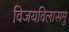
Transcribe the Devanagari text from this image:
विजयविलासमु